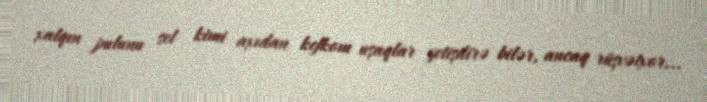
xalqın pulunu sel kimi axıdan kefkom uşaqlar yetişdirə bilər, ancaq rüşvətxor...